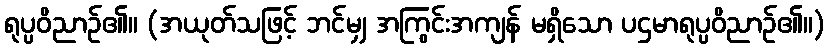
ရုပ္ပဝိညာဉ်၏။ (အယုတ်သဖြင့် ဘင်မျှ အကြွင်းအကျန် မရှိသော ပဌမာရုပ္ပဝိညာဉ်၏။)